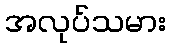
အလုပ်သမား